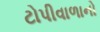
ટોપીવાળાનો